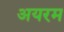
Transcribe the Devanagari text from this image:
अयरम